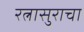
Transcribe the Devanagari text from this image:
रत्नासुराचा